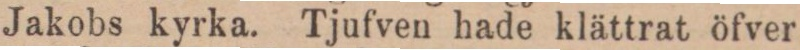
Jakobs kyrka. Tjufven hade klättrat öfver